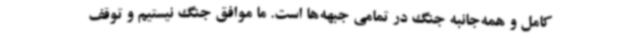
کامل و همه‌جانبه جنگ در تمامی جبهه‌ها است. ما موافق جنگ نیستیم و توقف